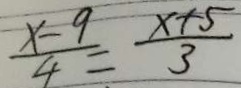
\frac { x - 9 } { 4 } = \frac { x + 5 } { 3 }